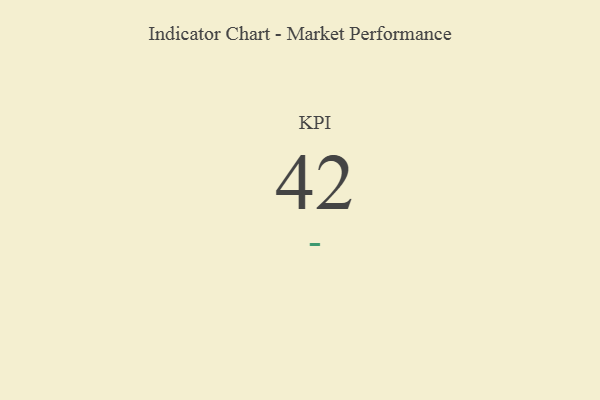
{"axis": {"x": "KPI", "y": "Value"}, "legend": [""], "data": [{"x": "KPI", "y": 42, "type": ""}]}